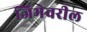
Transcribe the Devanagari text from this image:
जिभेवरील